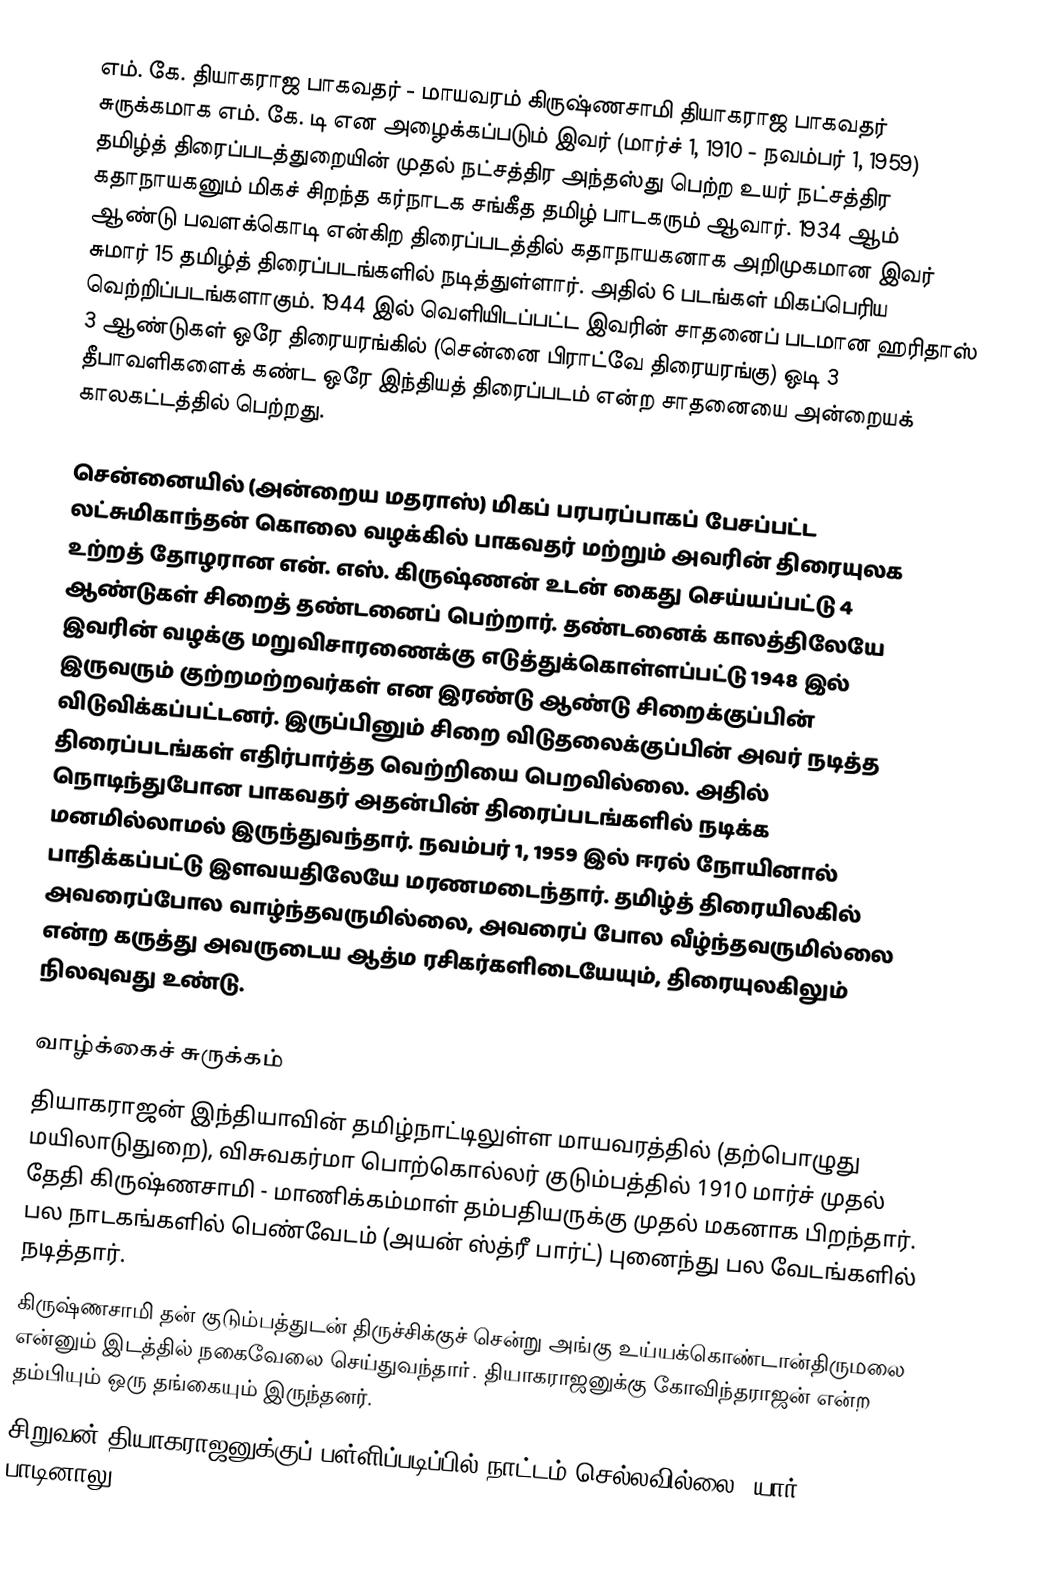
எம். கே. தியாகராஜ பாகவதர் -  மாயவரம் கிருஷ்ணசாமி தியாகராஜ பாகவதர் சுருக்கமாக எம். கே. டி என அழைக்கப்படும் இவர் (மார்ச் 1, 1910 - நவம்பர் 1, 1959) தமிழ்த் திரைப்படத்துறையின் முதல் நட்சத்திர அந்தஸ்து பெற்ற உயர் நட்சத்திர கதாநாயகனும் மிகச் சிறந்த கர்நாடக சங்கீத தமிழ் பாடகரும் ஆவார். 1934 ஆம் ஆண்டு பவளக்கொடி என்கிற திரைப்படத்தில் கதாநாயகனாக அறிமுகமான இவர் சுமார் 15 தமிழ்த் திரைப்படங்களில் நடித்துள்ளார். அதில் 6 படங்கள் மிகப்பெரிய வெற்றிப்படங்களாகும். 1944 இல் வெளியிடப்பட்ட இவரின் சாதனைப் படமான ஹரிதாஸ் 3 ஆண்டுகள் ஒரே திரையரங்கில் (சென்னை பிராட்வே திரையரங்கு) ஒடி 3 தீபாவளிகளைக் கண்ட ஒரே இந்தியத் திரைப்படம் என்ற சாதனையை அன்றையக் காலகட்டத்தில் பெற்றது.

சென்னையில் (அன்றைய மதராஸ்) மிகப் பரபரப்பாகப் பேசப்பட்ட லட்சுமிகாந்தன் கொலை வழக்கில் பாகவதர் மற்றும் அவரின் திரையுலக உற்றத் தோழரான  என். எஸ். கிருஷ்ணன் உடன் கைது செய்யப்பட்டு 4 ஆண்டுகள் சிறைத் தண்டனைப் பெற்றார். தண்டனைக் காலத்திலேயே இவரின் வழக்கு மறுவிசாரணைக்கு எடுத்துக்கொள்ளப்பட்டு 1948 இல் இருவரும் குற்றமற்றவர்கள் என இரண்டு ஆண்டு சிறைக்குப்பின் விடுவிக்கப்பட்டனர். இருப்பினும் சிறை விடுதலைக்குப்பின் அவர் நடித்த திரைப்படங்கள் எதிர்பார்த்த வெற்றியை பெறவில்லை. அதில் நொடிந்துபோன பாகவதர் அதன்பின் திரைப்படங்களில் நடிக்க மனமில்லாமல் இருந்துவந்தார். நவம்பர் 1, 1959 இல் ஈரல் நோயினால் பாதிக்கப்பட்டு இளவயதிலேயே மரணமடைந்தார். தமிழ்த் திரையிலகில் அவரைப்போல வாழ்ந்தவருமில்லை, அவரைப் போல வீழ்ந்தவருமில்லை  என்ற கருத்து அவருடைய ஆத்ம ரசிகர்களிடையேயும், திரையுலகிலும் நிலவுவது உண்டு.

வாழ்க்கைச் சுருக்கம்
தியாகராஜன் இந்தியாவின் தமிழ்நாட்டிலுள்ள மாயவரத்தில் (தற்பொழுது மயிலாடுதுறை), விசுவகர்மா பொற்கொல்லர் குடும்பத்தில் 1910 மார்ச் முதல் தேதி கிருஷ்ணசாமி - மாணிக்கம்மாள் தம்பதியருக்கு முதல் மகனாக பிறந்தார். பல நாடகங்களில் பெண்வேடம் (அயன் ஸ்த்ரீ பார்ட்) புனைந்து பல வேடங்களில் நடித்தார்.
கிருஷ்ணசாமி தன் குடும்பத்துடன் திருச்சிக்குச் சென்று அங்கு உய்யக்கொண்டான்திருமலை   என்னும் இடத்தில் நகைவேலை செய்துவந்தாா். தியாகராஜனுக்கு கோவிந்தராஜன் என்ற தம்பியும் ஒரு தங்கையும் இருந்தனர்.
சிறுவன் தியாகராஜனுக்குப் பள்ளிப்படிப்பில் நாட்டம் செல்லவில்லை. யார் பாடினாலு